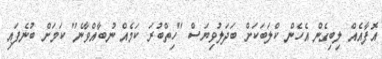
އޮފާއެއް ލިބިގެން އެހެން ކްލަބަކަށް ބަދަލުވިޔަސް "ހިތްބުރަ ކަމެއް ނުބާއްވާނެ" ކަމަށް ބުނެފައި